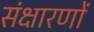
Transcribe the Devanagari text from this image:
संक्षारणों